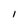
Character: l